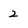
Character: 2